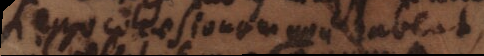
cohaesionem non habent,